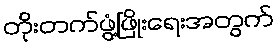
တိုးတက်ဖွံ့ဖြိုးရေးအတွက်